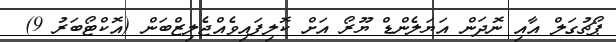
ޕޯޗުގަލް އާއި ނޮދަން އަޔަލެންޑް ޔޫރޯ އަށް ކޮލިފައިވެއްޖެލިޒްބަން (އޮކްޓޯބަރު 9)